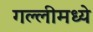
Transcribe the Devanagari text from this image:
गल्लीमध्ये